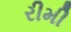
રીમી